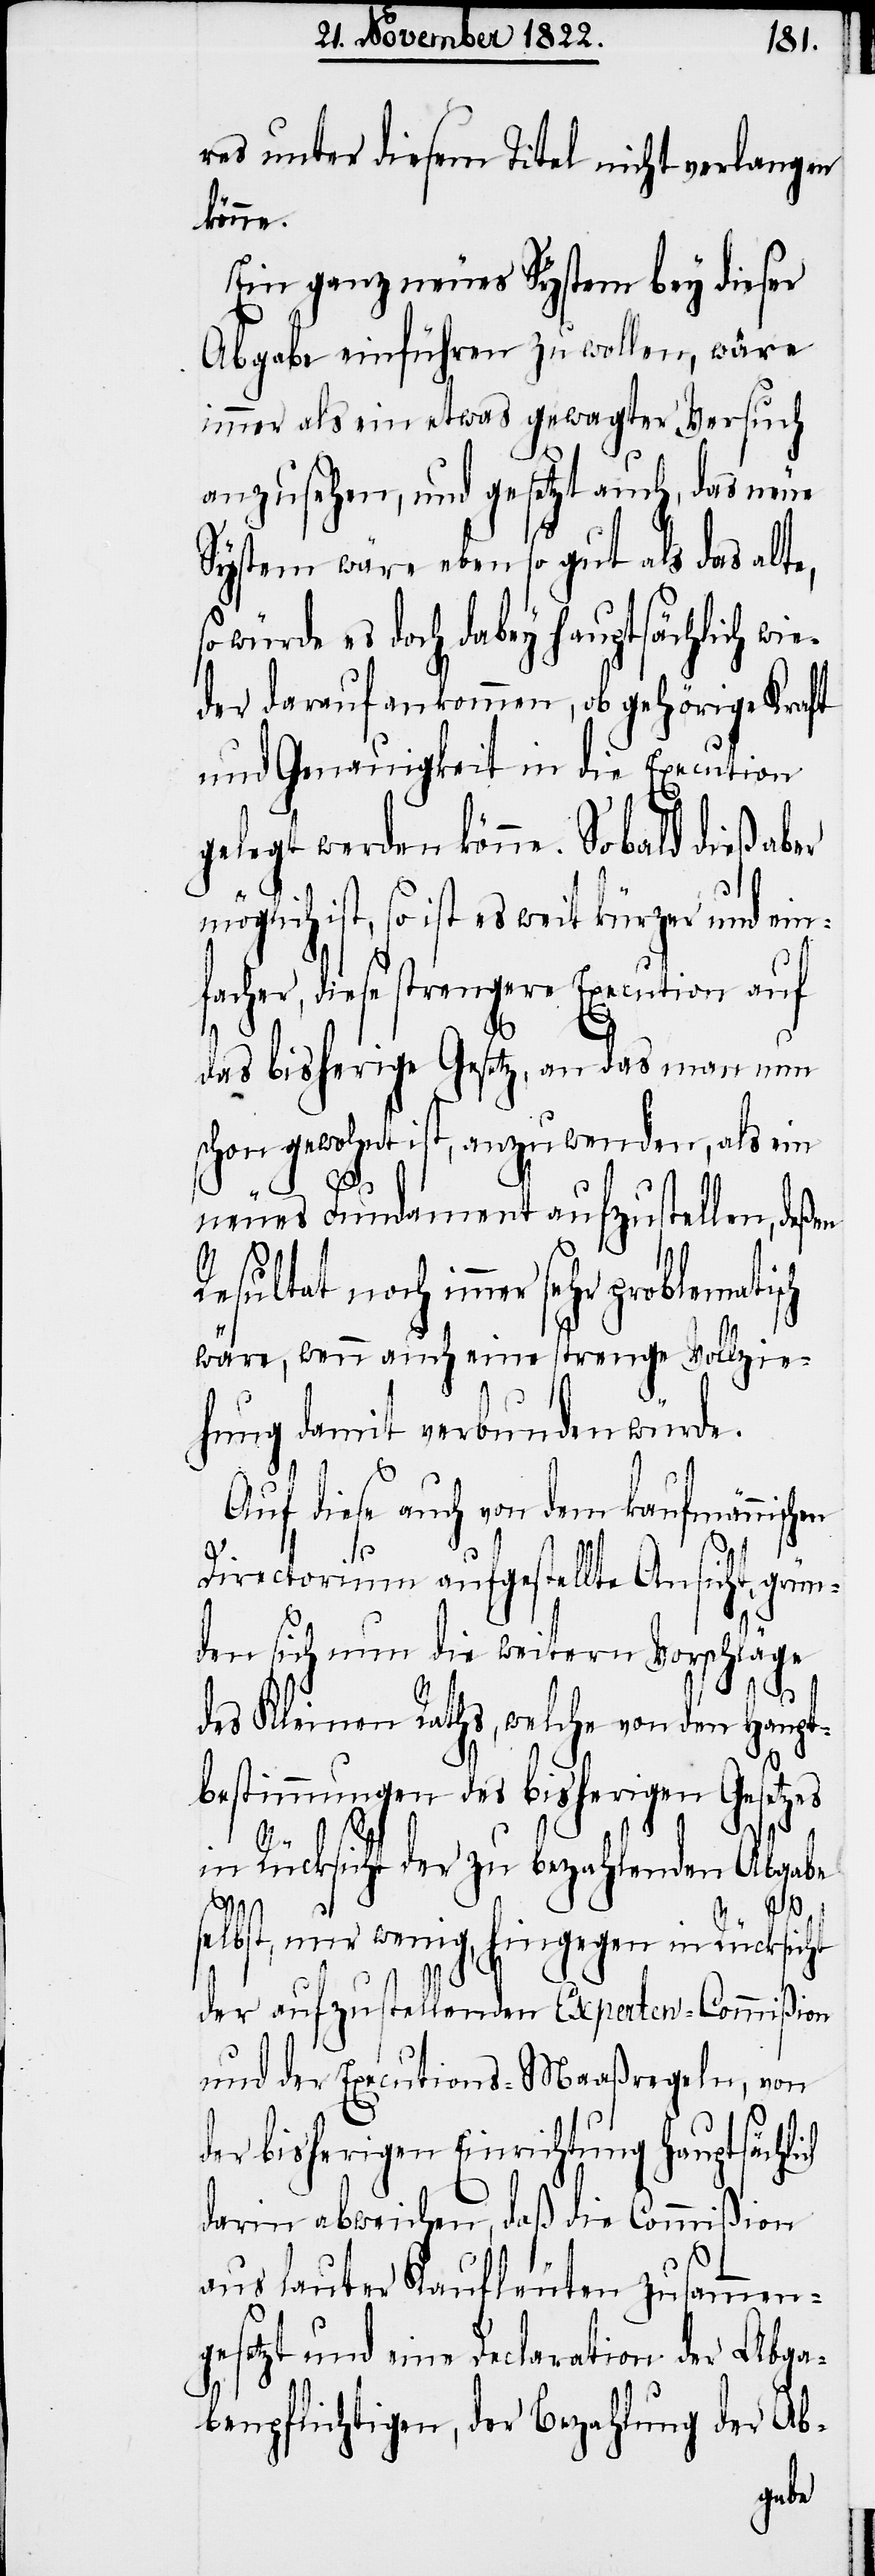
res unter diesem Titel nicht verlangen
könne.
Ein ganz neues System bey dieser
Abgabe einführen zu wollen, wäre
immer als ein etwas gewagter Versuch
anzusehen, und gesetzt auch, das neue
System wäre eben so gut als das alte,
würde es doch dabey hauptsächlich wi¬
eder darauf ankommen, ob gehörige Kraft
und Genauigkeit in die Execution
gelegt werden könne. So bald dieß aber
ist, so ist es weit kürzer und einf¬
acher, diese strengere Execution auf
das bisherige Gesetz, an das man nun
schon gewohnt ist, anzuwenden, als ein
neues Fundament aufzustellen, deßen
Resultat noch immer sehr
wäre, wenn auch eine strenge Vollzie¬
hung damit verbunden würde.
Auf diese auch von dem kaufmännisch¬
ch
en
Directorium aufgestellte Ansicht, grün¬
den sich nun die weitern Vorschläge
des Kleinen Raths, welche von den Haupt¬
bestimmungen des bisherigen Gesetzes
in Rücksicht der zu bezahlenden Abgabe
selbst, nur wenig, hingegen in Rücksicht
der aufzustellenden Experten-Commißion
und der Executions-Maaßregeln, von
der bisherigen Einrichtung Hauptsächli¬
darin abweichen, daß die Commißion
aus lauter Kaufleuten zusammen¬
gesetzt und eine Declaration der Abga¬
benpflichtigen, der Bezahlung der Ab-